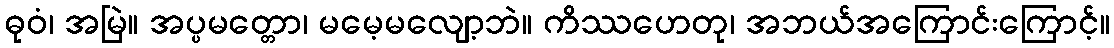
ဓုဝံ၊ အမြဲ။ အပ္ပမတ္တော၊ မမေ့မလျော့ဘဲ။ ကိဿဟေတု၊ အဘယ်အကြောင်းကြောင့်။